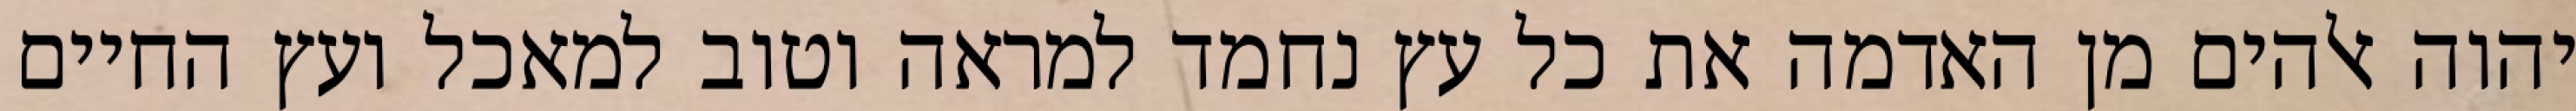
יהוה אלהים מן האדמה את כל עץ נחמד למראה וטוב למאכל ועץ החיים